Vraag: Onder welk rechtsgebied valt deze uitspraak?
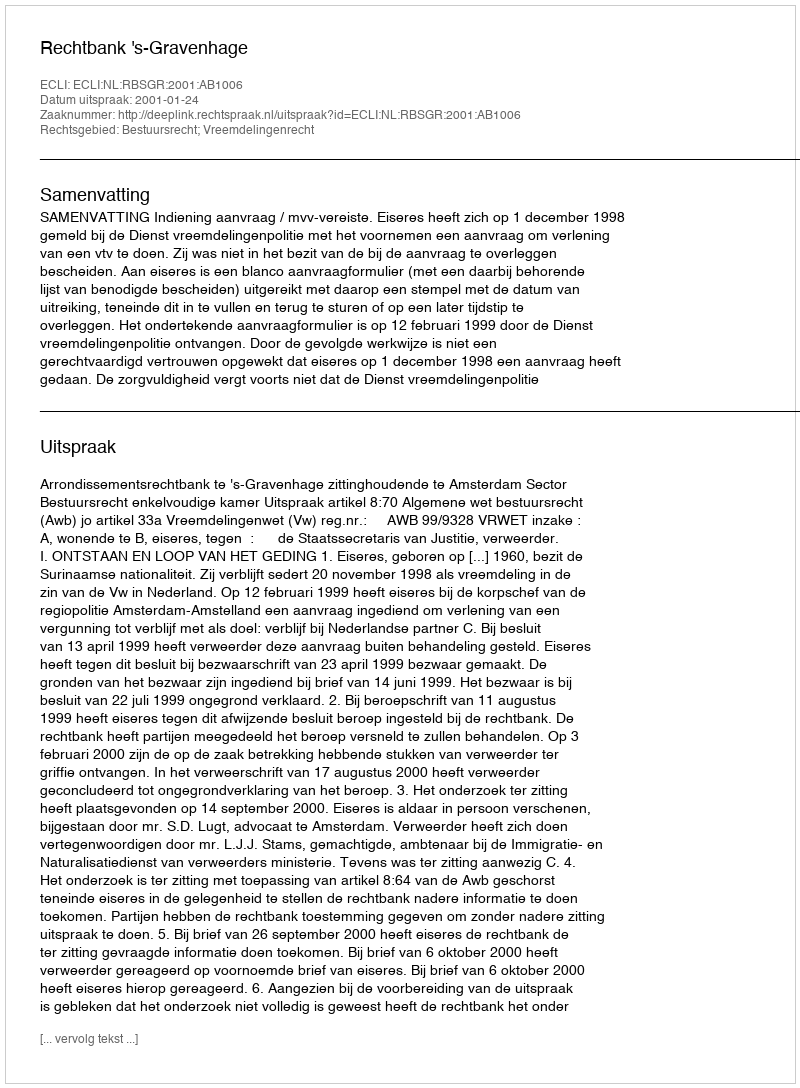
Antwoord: Bestuursrecht; Vreemdelingenrecht